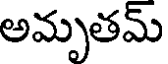
అమృతమ్